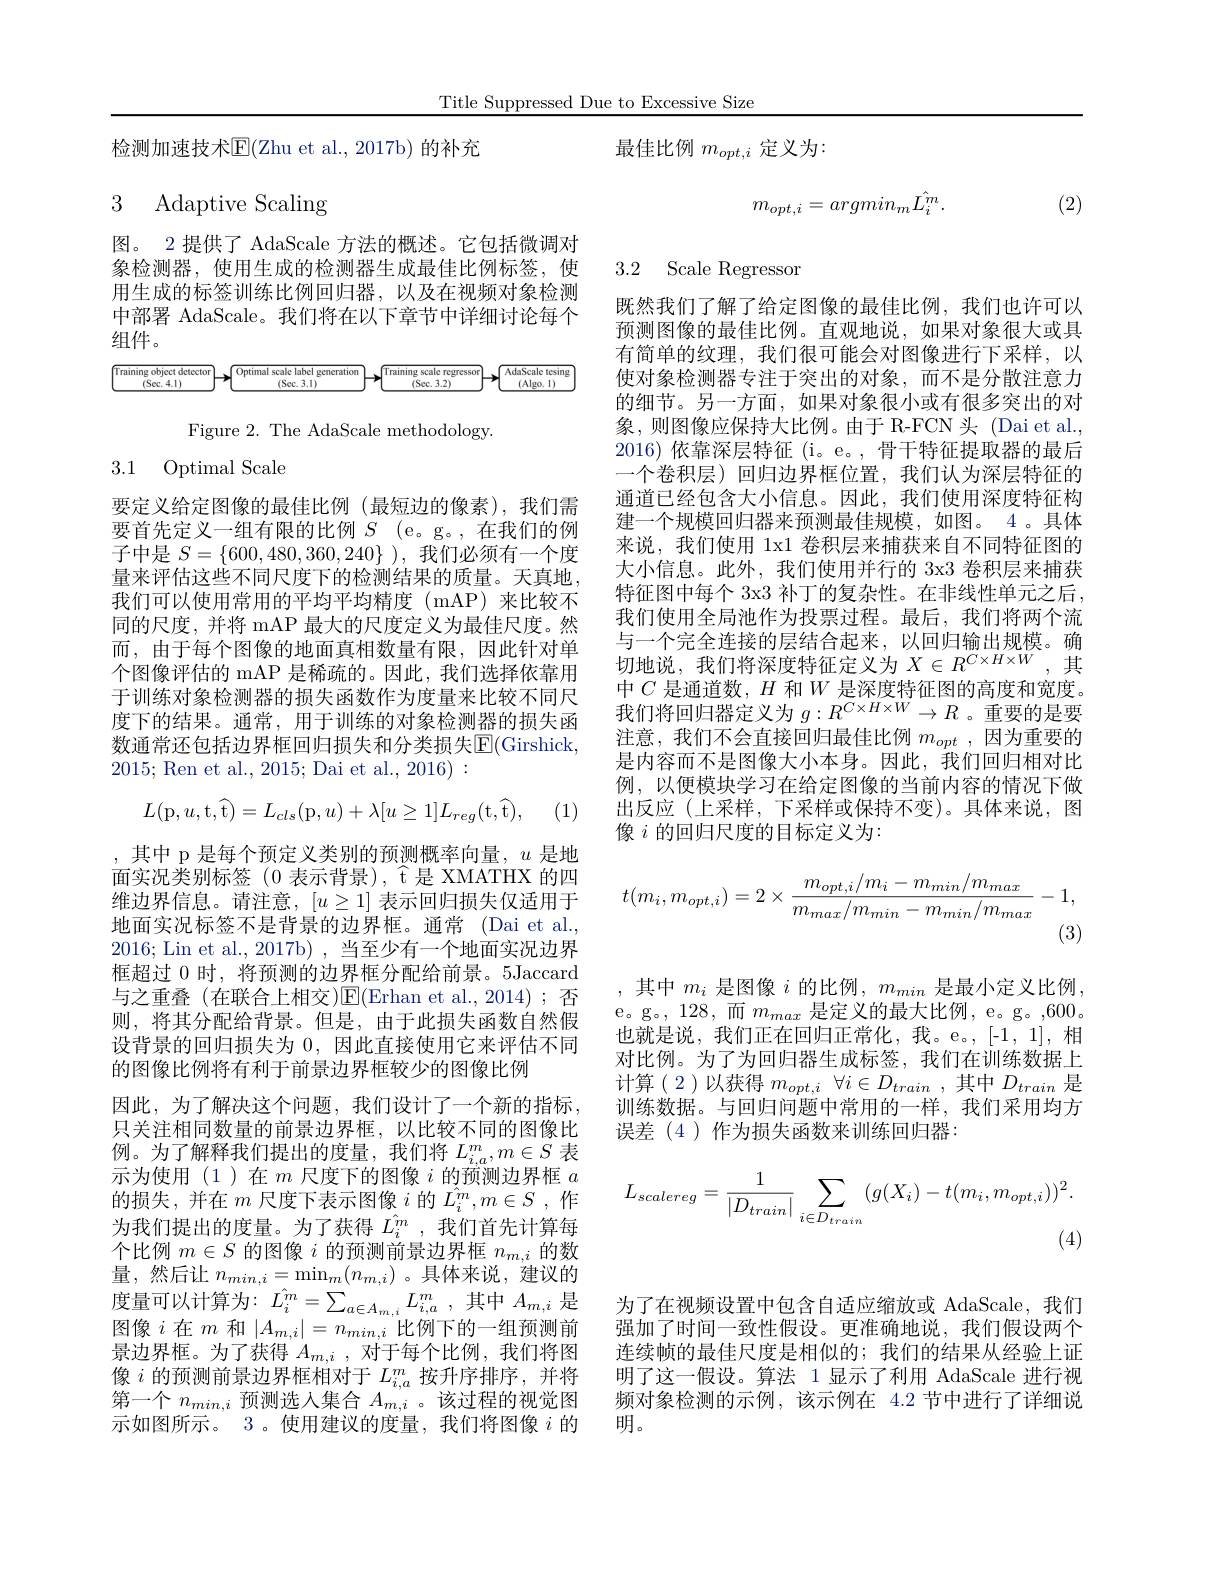
Title Suppressed Due to Excessive Size

检测加速技术$\mathbb{E}($Zhu et al., 2017b) 的补充

最佳比例$m_opt,i$定义为：

## 3 Adaptive Scaling

图。2 提供了 AdaScale 方法的概述。它包括微调对象检测器，使用生成的检测器生成最佳比例标签，使用生成的标签训练比例回归器，以及在视频对象检测中部署 AdaScale。我们将在以下章节中详细讨论每个组件。

<FigureHere>

Figure 2. The AdaScale methodology

3.1 Optimal Scale

要定义给定图像的最佳比例(最短边的像素),我们需要首先定义一组有限的比例$S$ (e。g。,在我们的例子中是$S=\{600,480,360,240\}$ ),我们必须有一个度量来评估这些不同尺度下的检测结果的质量。天真地， 我们可以使用常用的平均平均精度(mAP)来比较不同的尺度，并将 mAP 最大的尺度定义为最佳尺度。然而，由于每个图像的地面真相数量有限，因此针对单个图像评估的 mAP 是稀疏的。因此，我们选择依靠用于训练对象检测器的损失函数作为度量来比较不同尺度下的结果。通常，用于训练的对象检测器的损失函数通常还包括边界框回归损失和分类损失$\mathbb{E}($Girshick, 2015; Ren et al., 2015; Dai et al., 2016):
$$L(\mathrm p,u,\mathrm t,\widehat{\mathrm t})=L_{cls}(\mathrm p,u)+\lambda[u\ge1]L_{reg}(\mathrm t,\widehat{\mathrm t}),$$
(1)

,其中 p 是每个预定义类别的预测概率向量，$u$是地面实况类别标签(0 表示背景), $\widehat{\mathrm{t}}$是 XMATHX 的四维边界信息。请注意，$[u\geq1]$表示回归损失仅适用于地面实况标签不是背景的边界框。通常 (Dai et al., 2016; Lin et al., 2017b) , 当至少有一个地面实况边界框超过 0 时，将预测的边界框分配给前景。5Jaccard 与之重叠(在联合上相交)E(Erhan et al.,2014); 否则，将其分配给背景。但是，由于此损失函数自然假设背景的回归损失为0，因此直接使用它来评估不同的图像比例将有利于前景边界框较少的图像比例
因此，为了解决这个问题，我们设计了一个新的指标， 只关注相同数量的前景边界框，以比较不同的图像比例 。为 了 解 释 我 们 提 出 的 度 量 , 我 们 将 $L_{i, a}^m, m\in S$ 表 一 次 在 四 $( 1- x) = 0.$ 示为使用(1)在$m$尺度下的图像$i$的预测边界框$a$ 的损失，并在$m$尺度下表示图像$i$的$\hat{L}_i^m,m\in S$,作为我们提出的度量。为了获得$L_i^m$ ,我们首先计算每个比例$m\in S$的图像$i$的预测前景边界框$n_m,i$的数量，然后让$n_min,i=\operatorname*{min}_m(n_{m,i})$。具体来说，建议的度量可以计算为$: L_i^m= \sum _{a\in A_{m, i}}L_{i, a}^m$ ,其中$A_m,i$ 是图像$i$在$m$ 和$\left|A_m,i\right|=n_{min,i}$比例下的一组预测前景边界框。为了获得$A_m,i$ ,对于每个比例，我们将图像$i$的预测前景边界框相对于$L_i,a^m$按升序排序，并将第一个$n_{min,i}$预测选人集合$A_{m,i}$ 。该过程的视觉图示如图所示。3 。使用建议的度量，我们将图像$i$的
$$m_{opt,i}=argmin_{m}\hat{L_{i}^{m}}.$$
(2)

3.2 Scale Regressor

既然我们了解了给定图像的最佳比例，我们也许可以预测图像的最佳比例。直观地说，如果对象很大或具有简单的纹理，我们很可能会对图像进行下采样，以使对象检测器专注于突出的对象，而不是分散注意力的细节。另一方面，如果对象很小或有很多突出的对象，则图像应保持大比例。由于 R-FCN头(Dai et al., 2016)依靠深层特征 (i。e。, 骨干特征提取器的最后一个卷积层)回归边界框位置，我们认为深层特征的通道已经包含大小信息。因此，我们使用深度特征构建一个规模回归器来预测最佳规模，如图。4 。具体来说，我们使用 1x1 卷积层来捕获来自不同特征图的大小信息。此外，我们使用并行的 3x3 卷积层来捕获特征图中每个 3x3 补丁的复杂性。在非线性单元之后， 我们使用全局池作为投票过程。最后，我们将两个流与一个完全连接的层结合起来，以回归输出规模。确切地说，我们将深度特征定义为$X\in R^C\times H\times W$,其中$C$是通道数，$H$和$W$是深度特征图的高度和宽度。我们将回归器定义为$g:R^C\times H\times W\to R$ 。重要的是要注意，我们不会直接回归最佳比例$m_opt$ ,因为重要的是内容而不是图像大小本身。因此，我们回归相对比例，以便模块学习在给定图像的当前内容的情况下做出反应(上采样，下采样或保持不变)。具体来说，图像$i$的回归尺度的目标定义为：
$$t(m_i,m_{opt,i})=2\times\frac{m_{opt,i}/m_i-m_{min}/m_{max}}{m_{max}/m_{min}-m_{min}/m_{max}}-1,$$
(3)

,其中$m_i$ 是图像$i$ 的比例$,m_min$ 是最小定义比例， e。g。, 128, 而$m_{max}$是定义的最大比例，e。g。,600。也就是说，我们正在回归正常化，我。e。,[-1,1],相对比例。为了为回归器生成标签，我们在训练数据上计算(2)以获得$m_opt,i\forall i\in D_train$,其中$D_train$ 是训练数据。与回归问题中常用的一样，我们采用均方误差(4)作为损失函数来训练回归器：
$$L_{scalereg}=\frac{1}{|D_{train}|}\sum_{i\in D_{train}}(g(X_{i})-t(m_{i},m_{opt,i}))^{2}.$$
(4)

为了在视频设置中包含自适应缩放或 AdaScale,我们强加了时间一致性假设。更准确地说，我们假设两个连续帧的最佳尺度是相似的；我们的结果从经验上证明了这一假设。算法 1 显示了利用 AdaScale 进行视频对象检测的示例，该示例在 4.2 节中进行了详细说明。